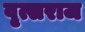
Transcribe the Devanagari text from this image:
वृत्सराज